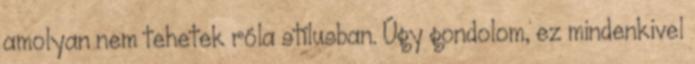
amolyan nem tehetek róla stílusban. Úgy gondolom, ez mindenkivel